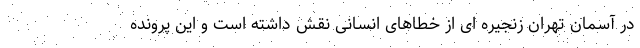
در آسمان تهران زنجیره ای از خطاهای انسانی نقش داشته است و این پرونده